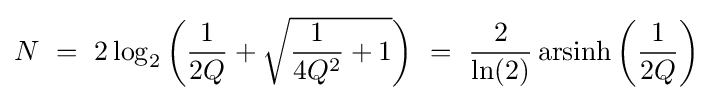
N\ =\ 2\log _{2}\left({\frac {1}{2Q}}+{\sqrt {{\frac {1}{4Q^{2}}}+1}}\right)\ =\ {\frac {2}{\ln(2)}}\operatorname {arsinh} \left({\frac {1}{2Q}}\right)